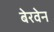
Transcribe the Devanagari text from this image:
बेरवेन